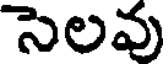
సెలవు